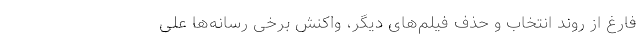
فارغ از روند انتخاب و حذف فیلم‌های دیگر، واکنش برخی رسانه‌ها علی